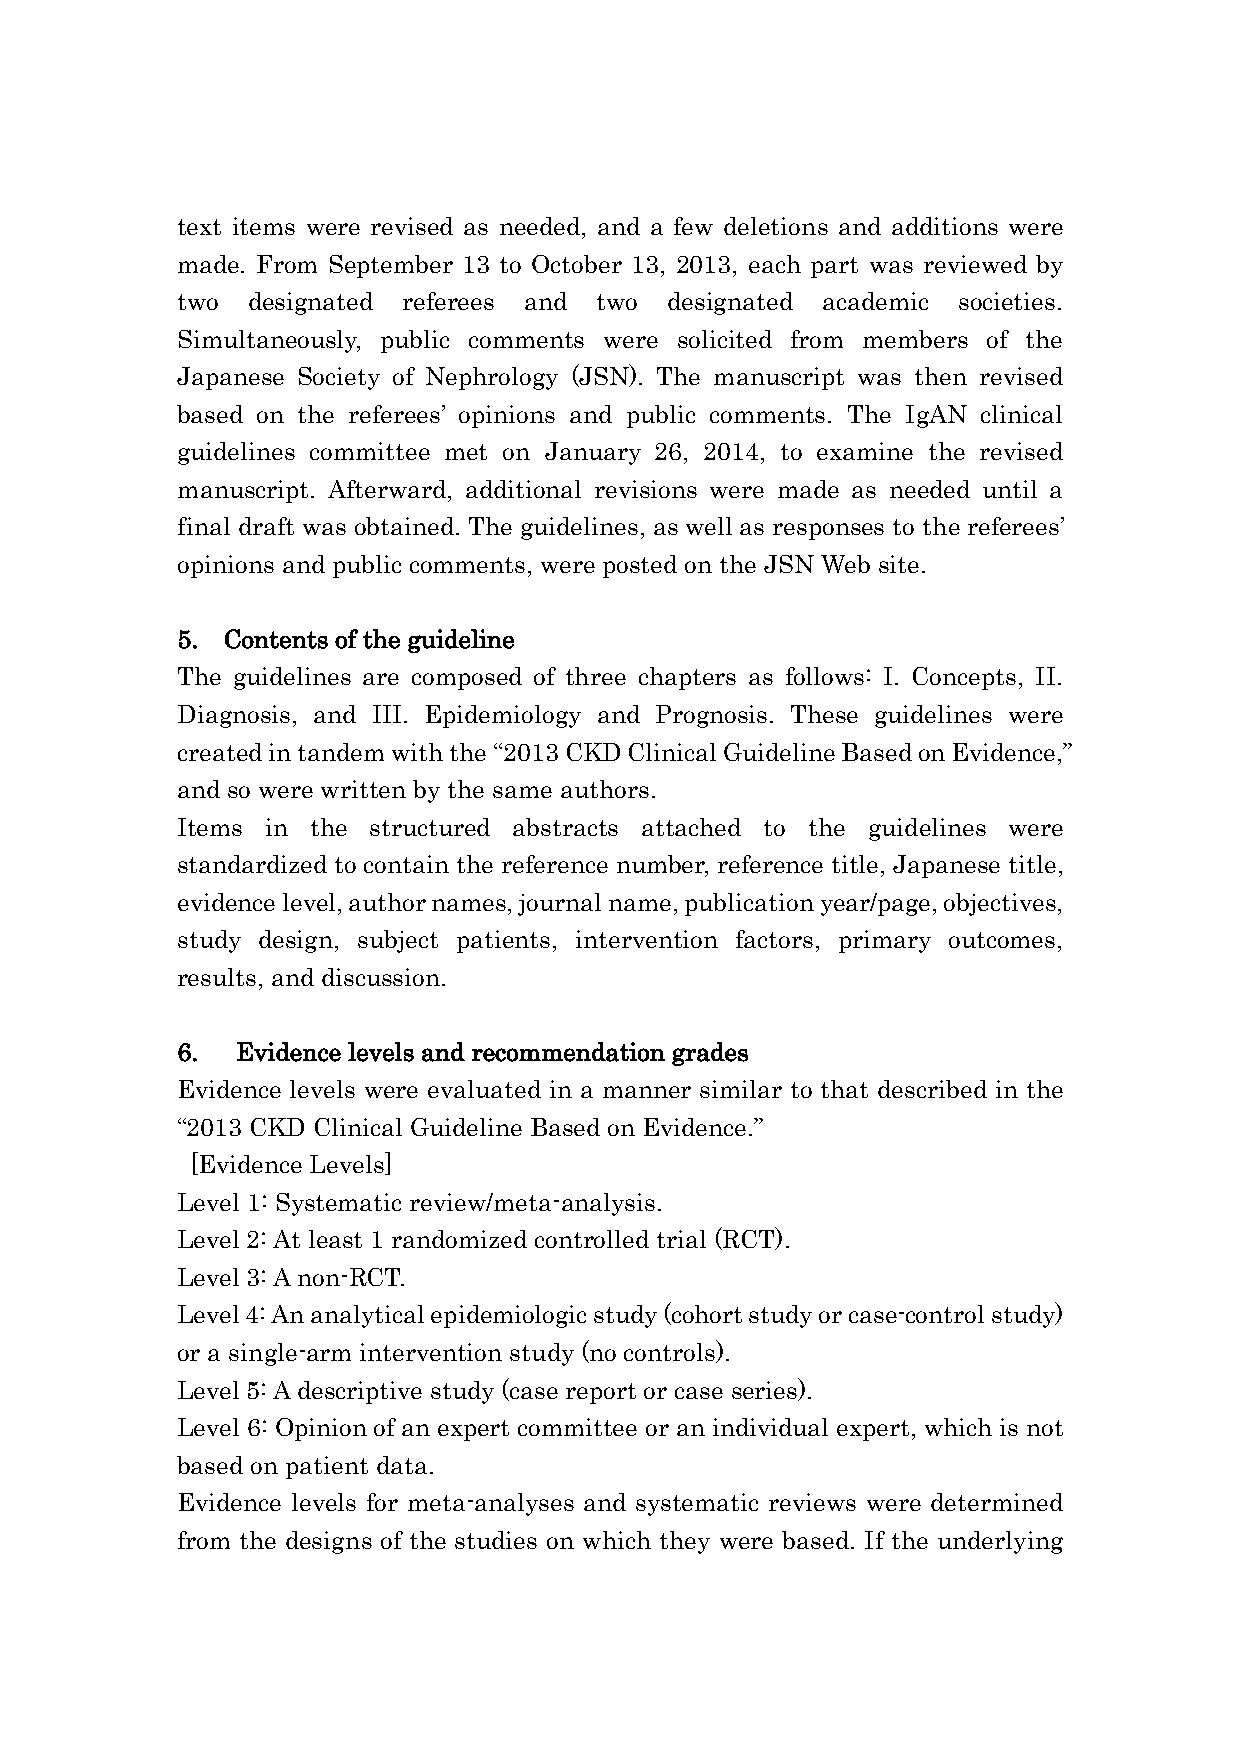
text items were revised as needed, and a few deletions and additions were
 made. From September 13 to October 13, 2013, each part was reviewed by
 two designated referees and two designated academic societies.
 Simultaneously, public comments were solicited from members of the
 Japanese Society of Nephrology (JSN). The manuscript was then revised
 based on the referees’ opinions and public comments. The IgAN clinical
 guidelines committee met on January 26, 2014, to examine the revised
 manuscript. Afterward, additional revisions were made as needed until a
 final draft was obtained. The guidelines, as well as responses to the referees’
 opinions and public comments, were posted on the JSN Web site.
 5. Contents of the guideline
 The guidelines are composed of three chapters as follows: I. Concepts, II.
 Diagnosis, and III. Epidemiology and Prognosis. These guidelines were
 created in tandem with the “2013 CKD Clinical Guideline Based on Evidence,”
 and so were written by the same authors.
 Items in the structured abstracts attached to the guidelines were
 standardized to contain the reference number, reference title, Japanese title,
 evidence level, author names, journal name, publication year/page, objectives,
 study design, subject patients, intervention factors, primary outcomes,
 results, and discussion.
 6.  Evidence levels and recommendation grades
 Evidence levels were evaluated in a manner similar to that described in the
 “2013 CKD Clinical Guideline Based on Evidence.”
 [Evidence Levels]
 Level 1: Systematic review/meta-analysis.
 Level 2: At least 1 randomized controlled trial (RCT).
 Level 3: A non-RCT.
 Level 4: An analytical epidemiologic study (cohort study or case-control study)
 or a single-arm intervention study (no controls).
 Level 5: A descriptive study (case report or case series).
 Level 6: Opinion of an expert committee or an individual expert, which is not
 based on patient data.
 Evidence levels for meta-analyses and systematic reviews were determined
 from the designs of the studies on which they were based. If the underlying